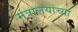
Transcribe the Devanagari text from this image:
मंत्रालयांच्या